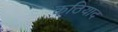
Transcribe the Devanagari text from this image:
कठियाद